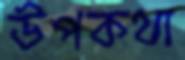
উপকথা